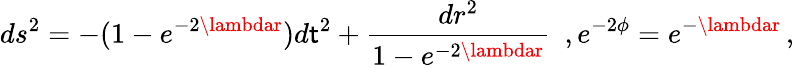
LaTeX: ds^{2}=-(1-e^{-2\lambdar})d\mathsf{t}^{2}+\frac{{dr^{2}}}{{1-e^{-2\lambdar}}}\, \, \, ,e^{-2\phi}=e^{-\lambdar}\, ,